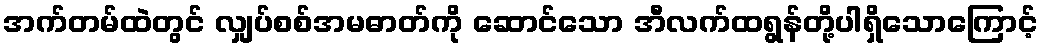
အက်တမ်ထဲတွင် လျှပ်စစ်အမဓာတ်ကို ဆောင်သော အီလက်ထရွန်တို့ပါရှိသောကြောင့်